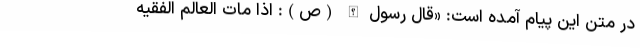
در متن این پیام آمده است: «قال رسول الله (ص): اذا مات العالم الفقیه